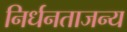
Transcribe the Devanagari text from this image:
निर्धनताजन्य